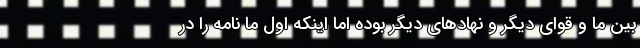
بین ما و قوای دیگر و نهادهای دیگر بوده اما اینکه اول ما نامه را در